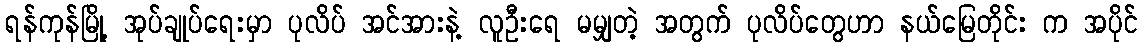
ရန်ကုန်မြို့ အုပ်ချုပ်ရေးမှာ ပုလိပ် အင်အားနဲ့ လူဦးရေ မမျှတဲ့ အတွက် ပုလိပ်တွေဟာ နယ်မြေတိုင်း က အပိုင်